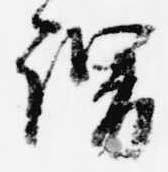
謂